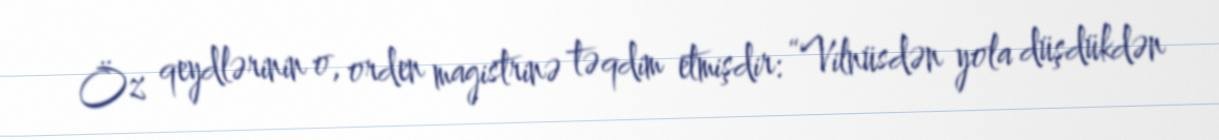
Öz qeydlərinin o, orden magistrinə təqdim etmişdir: “Vilnüsdən yola düşdükdən